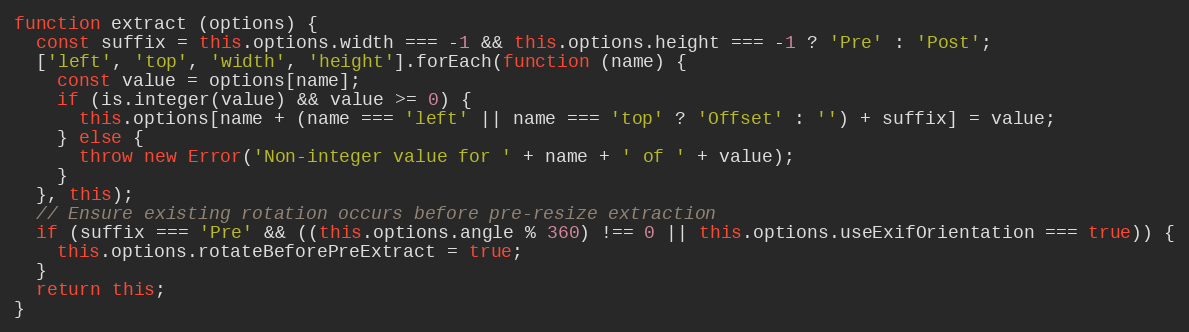
Language: JavaScript
function extract (options) {
  const suffix = this.options.width === -1 && this.options.height === -1 ? 'Pre' : 'Post';
  ['left', 'top', 'width', 'height'].forEach(function (name) {
    const value = options[name];
    if (is.integer(value) && value >= 0) {
      this.options[name + (name === 'left' || name === 'top' ? 'Offset' : '') + suffix] = value;
    } else {
      throw new Error('Non-integer value for ' + name + ' of ' + value);
    }
  }, this);
  // Ensure existing rotation occurs before pre-resize extraction
  if (suffix === 'Pre' && ((this.options.angle % 360) !== 0 || this.options.useExifOrientation === true)) {
    this.options.rotateBeforePreExtract = true;
  }
  return this;
}